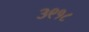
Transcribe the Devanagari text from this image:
३९१८